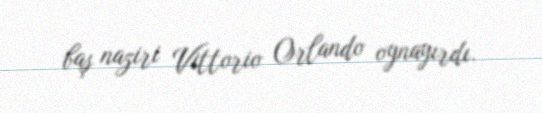
baş naziri Vittorio Orlando oynayırdı.